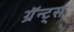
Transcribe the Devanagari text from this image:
ग्रॅन्ट्स